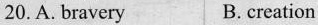
20. A. bravery B. creation